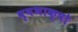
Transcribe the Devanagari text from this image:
वृषभाक्षो